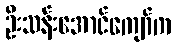
ဦးသန်းအောင်ကျော်က